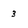
Character: 3